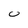
Character: 0